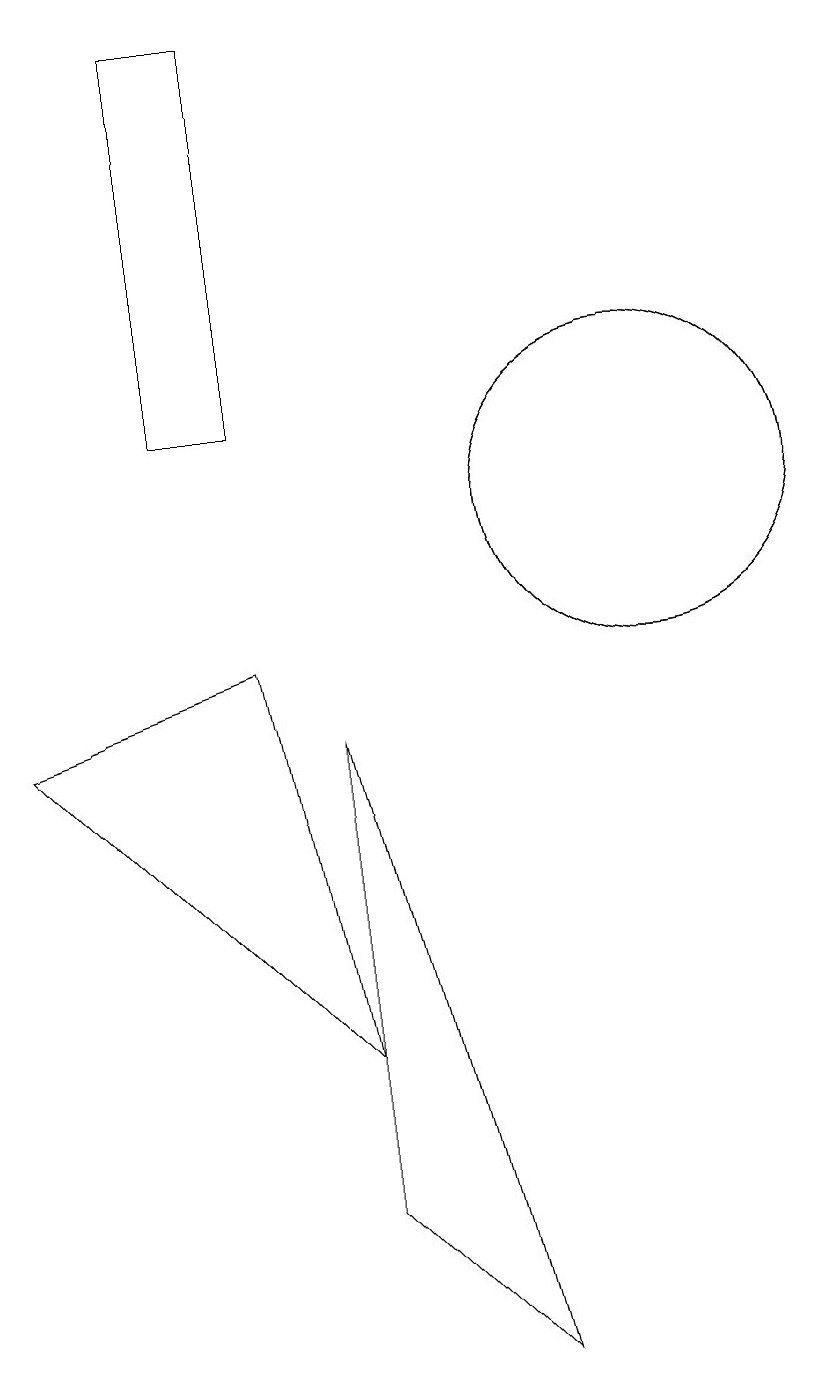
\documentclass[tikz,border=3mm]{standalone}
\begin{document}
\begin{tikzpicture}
\draw (10,11) circle (2);
\draw (6,2) -- (6,8) -- (8,0) -- cycle;
\draw (5,9) -- (2,8) -- (6,4) -- cycle;
\draw (4,12) rectangle (5,17);
\draw (10,11) circle (2);
\draw (11,10) circle (0);
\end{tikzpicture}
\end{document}